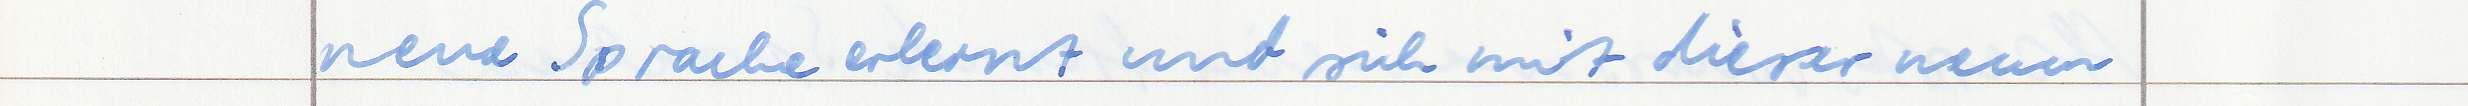
neue Sprache erlernt und sich mit dieser neuen